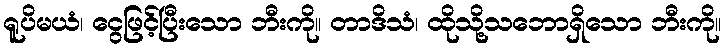
ရူပိမယံ၊ ငွေဖြင့်ပြီးသော ဘီးကို။ တာဒိသံ၊ ထိုသို့သဘောရှိသော ဘီးကို။